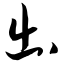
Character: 出